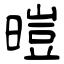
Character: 暟